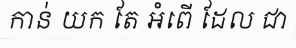
កាន់ យក តែ អំពើ ដែល ជា